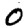
Digit: 0